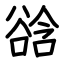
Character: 谽